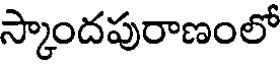
స్కాందపురాణంలో